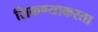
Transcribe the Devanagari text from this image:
शिकण्याकरता